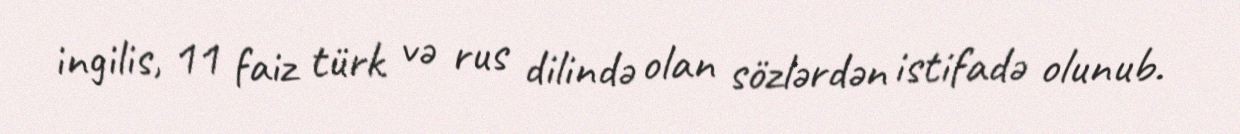
ingilis, 11 faiz türk və rus dilində olan sözlərdən istifadə olunub.